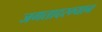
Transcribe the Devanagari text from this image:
जगतादरम्यान